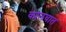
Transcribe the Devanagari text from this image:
कालवात